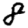
Digit: 8